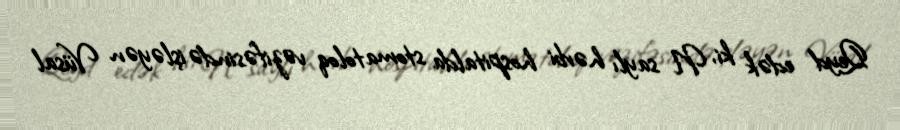
Qeyd edək ki, N saylı hərbi hospitalda stomatoloq vəzifəsində işləyən Vüsal